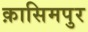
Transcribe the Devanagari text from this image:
क़ासिमपुर